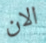
الان